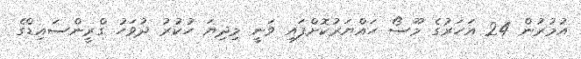
އުމުރުން 24 އަހަރުގެ މޫސޯ ހައްޔަރުކޮށްފައި ވަނީ މިދިޔަ ހުކުރު ދުވަހު ގްރީންސައިޑްގެ